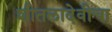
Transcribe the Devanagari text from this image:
शीतलादेवीचा